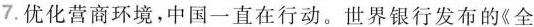
7.优化营商环境，中国一直在行动。世界银行发布的《全